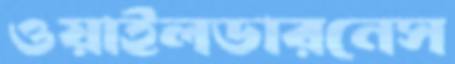
ওয়াইলডারনেস